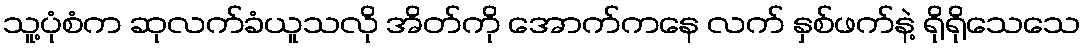
သူ့ပုံစံက ဆုလက်ခံယူသလို အိတ်ကို အောက်ကနေ လက် နှစ်ဖက်နဲ့ ရိုရိုသေသေ